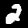
Digit: 2